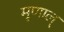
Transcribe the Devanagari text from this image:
मृणाल्